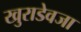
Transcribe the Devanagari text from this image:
खुराडेवजा